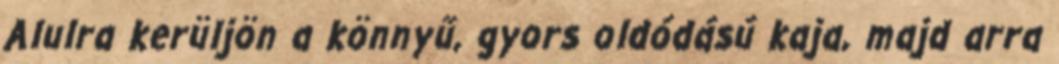
Alulra kerüljön a könnyű, gyors oldódású kaja, majd arra